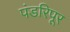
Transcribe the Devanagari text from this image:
पंडरिपूर